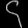
Digit: ၄